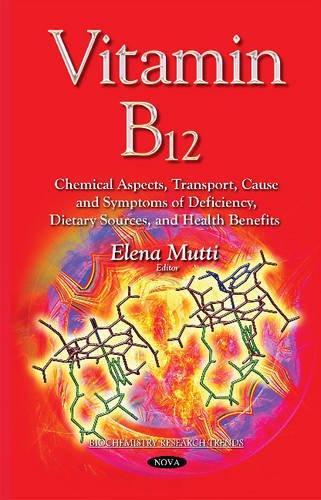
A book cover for Vitamin B12: Chemical Aspects, Transport, Cause and Symptoms of Deficiency, Dietary Sources, and Health Benefits; Medical Books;